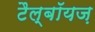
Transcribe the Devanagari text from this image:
टैल्बॉयज़